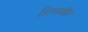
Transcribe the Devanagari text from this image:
शिलासीत